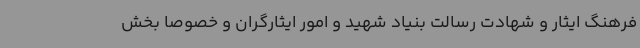
فرهنگ ایثار و شهادت رسالت بنیاد شهید و امور ایثارگران و خصوصاً بخش